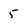
Character: 5